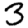
Digit: 3